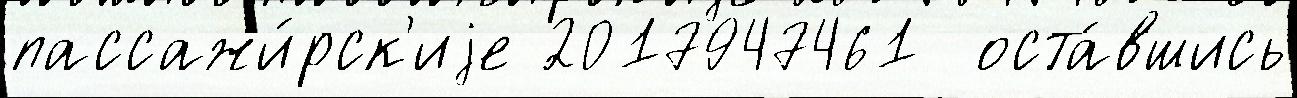
пассажи́рск'иjе 2017947461  оста́вшись